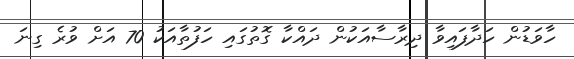
ހާވަޑުން ހަދާފައިވާ ދިރާސާއަކުން ދައްކާ ގޮތުގައި ހަފުތާއަކު 70 އަށް ވުރެ ގިނަ